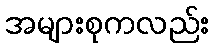
အများစုကလည်း